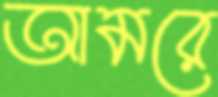
আমরে